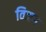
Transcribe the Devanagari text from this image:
विजग